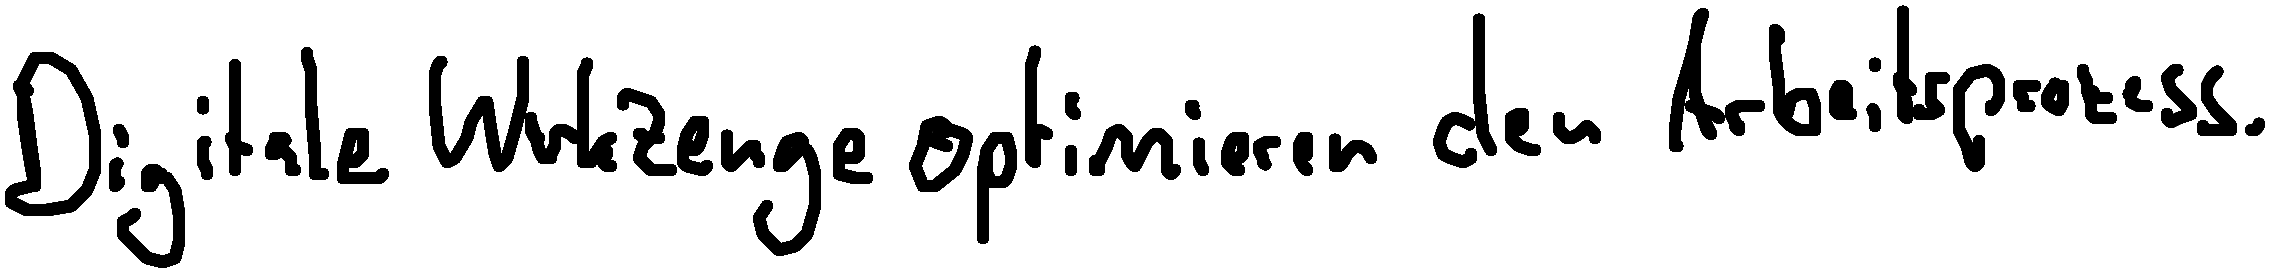
Digitale Werkzeuge optimieren den Arbeitsprozess.